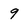
Character: 9